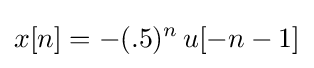
x[n]=-(.5)^{n}\,u[-n-1]